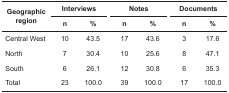
| <ROWSPAN=2> Geographic region | Interviews |  | Notes |  | <COLSPAN=4> Documents |
 | n | % |  | n | % |  | n | % |
 | --- | --- | --- | --- | --- | --- | --- | --- | --- |
 | Central West | 10 | 43.5 |  | 17 | 43.6 |  | 3 | 17.6 |
 | North | 7 | 30.4 |  | 10 | 25.6 |  | 8 | 47.1 |
 | South | 6 | 26.1 |  | 12 | 30.8 |  | 6 | 35.3 |
 | Total | 23 | 100.0 |  | 39 | 100.0 |  | 17 | 100.0 |